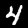
Digit: 4